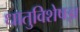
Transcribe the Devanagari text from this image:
धातुविशेषज्ञ